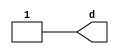
`timescale 1ns / 1ps

module alwasy_exp(
output reg d
    );
 
 
 // assign d =( a & b )|c; output wire d olarak tanmlanr.
 
// testbench
reg a,b,c;
 initial begin
    a=0;
    b=0;
    c=0;
    #10;
    c=1;
 end 
 always @(a,b,c)begin
    d = (a & b)|c;
 end
 /*
 always @(*)begin
    d = (a & b)|c;
 end
 */
endmodule